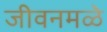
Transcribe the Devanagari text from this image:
जीवनमळे